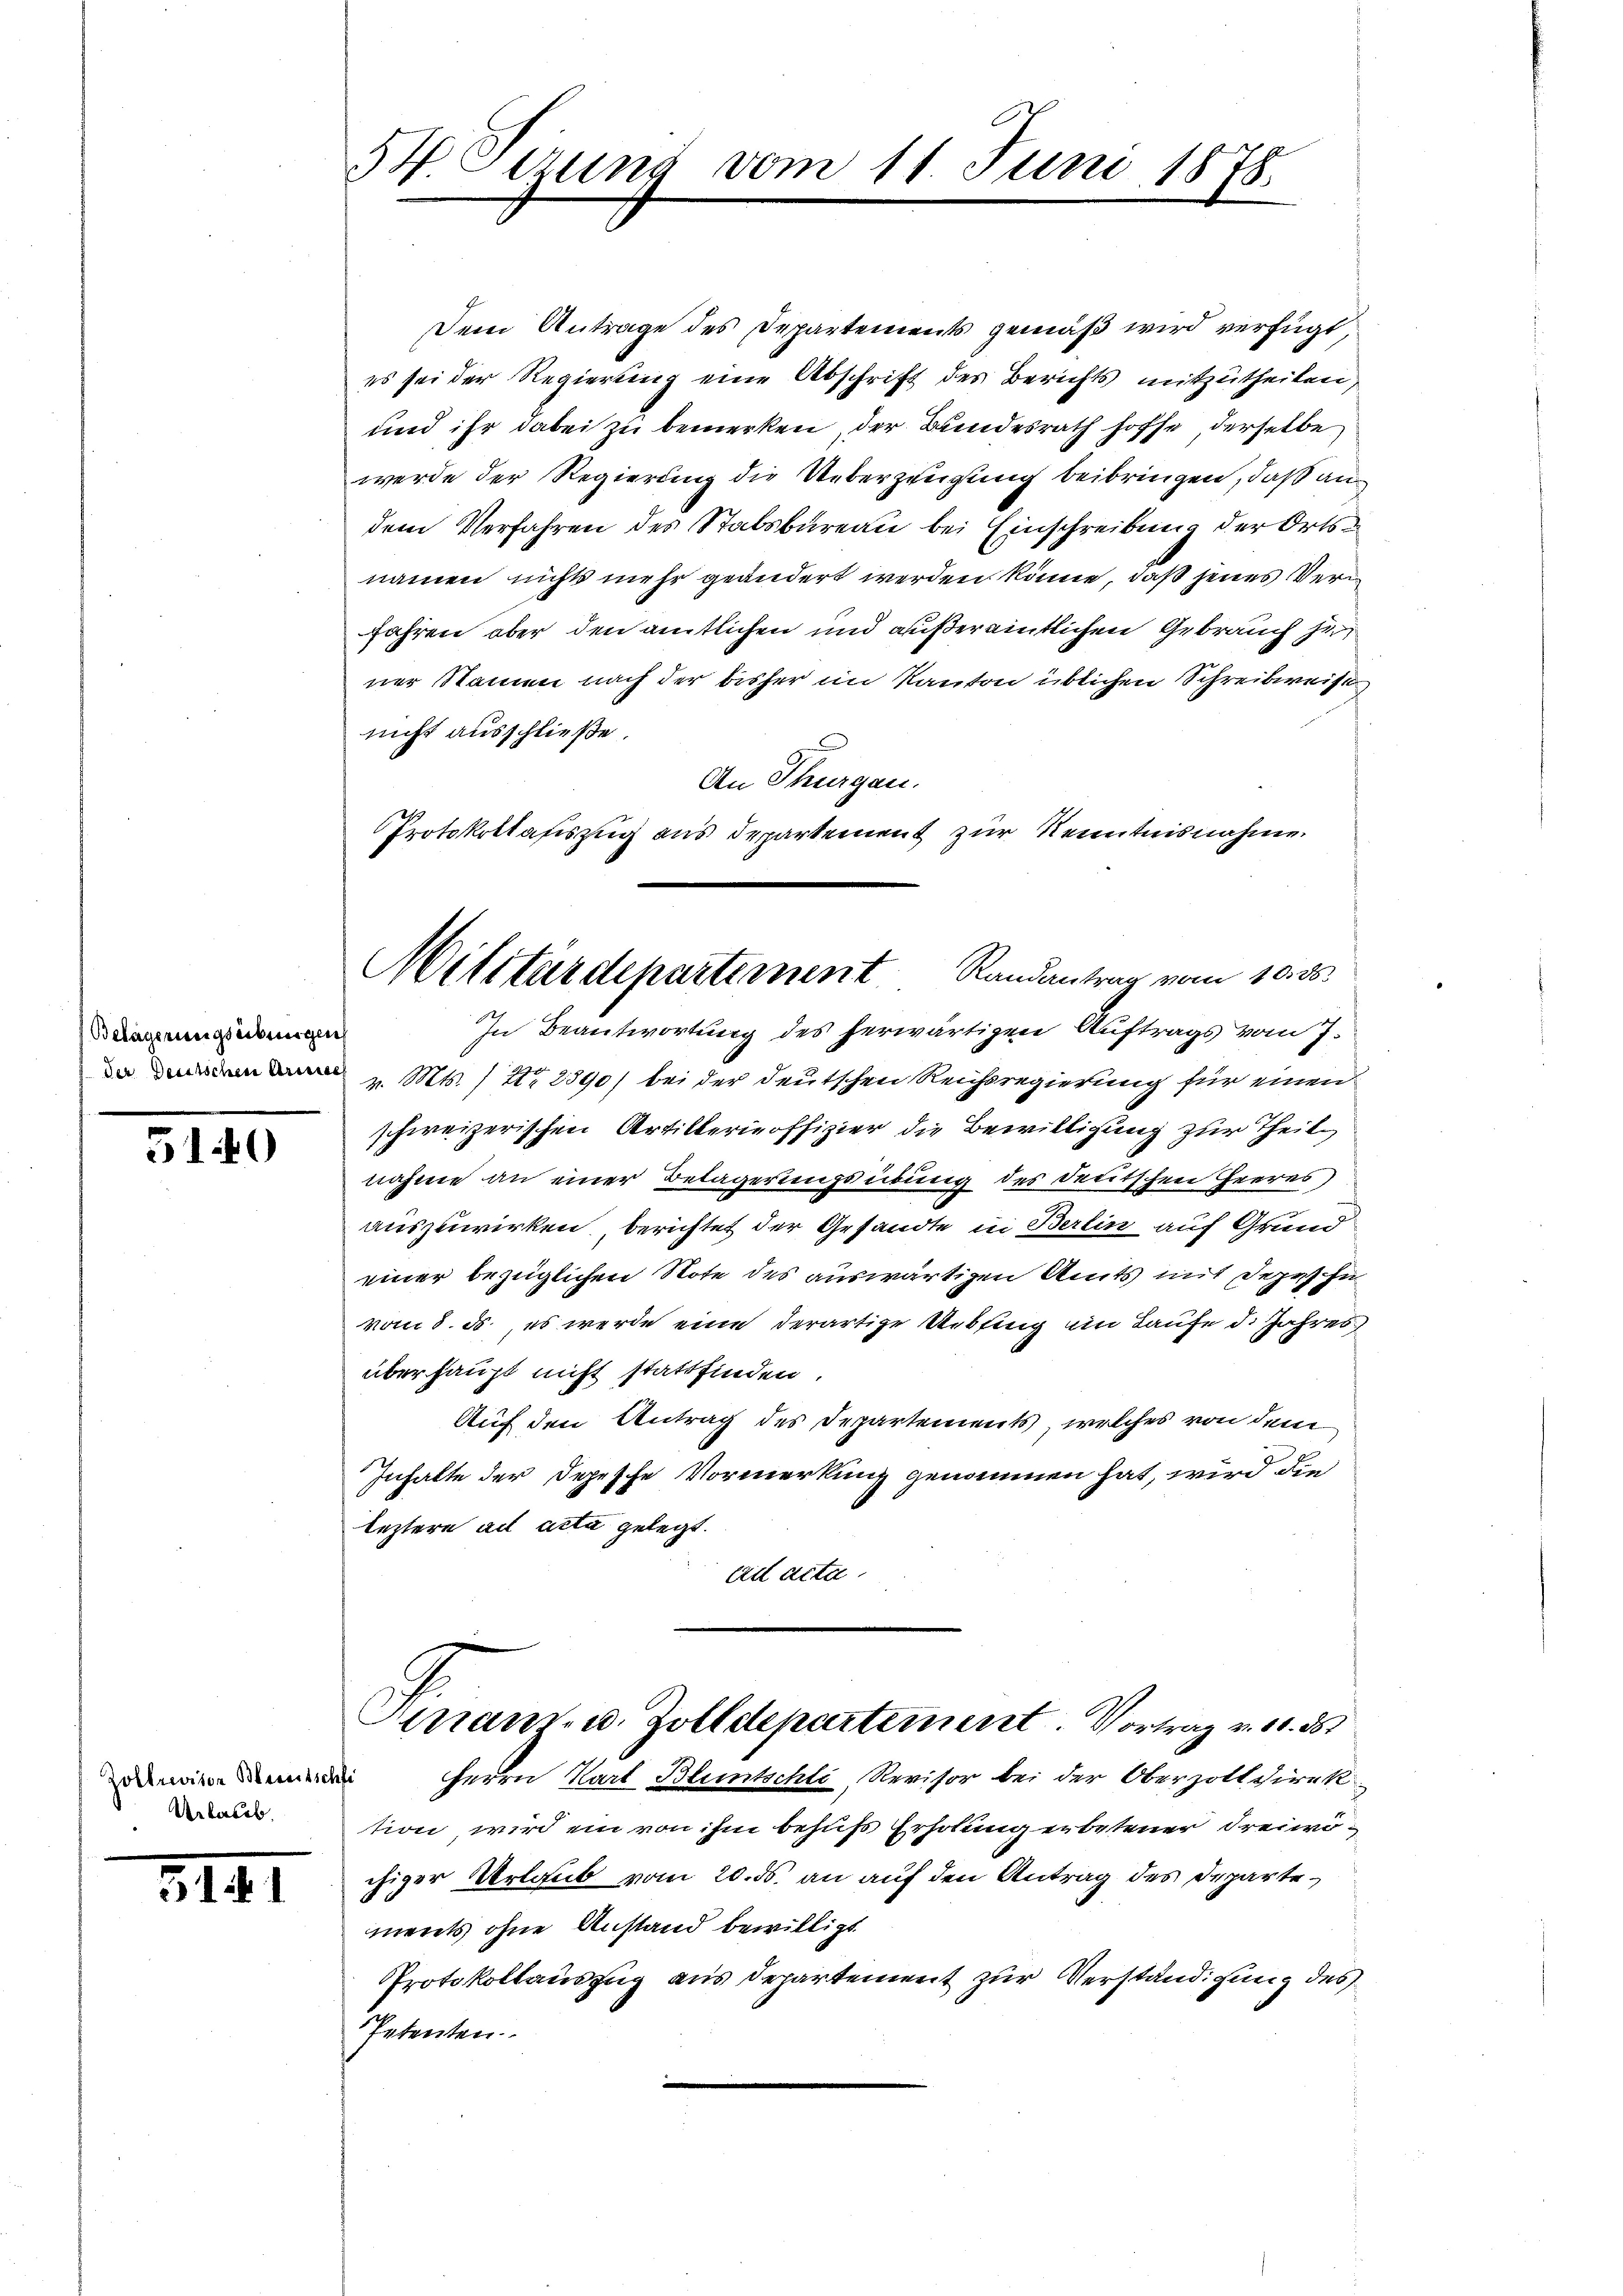
Belagerungsübungen

5140

Zollrevisor Bereitschfi
Verbares.

3III

54. Sizung vom 11. Juni 1875.

Protokollafiszug aus Departement zur Kenntnisnahme
Militärdepartement Randantrag vom 10. ds.

Dem Antrage des Departements gemäß wird verfügt,
es sei der Regierung eine Abschrift des Berichts mitzutheilen,
und ihr dabei zu bemerken, der Bundesrath hoffe, derselbe
werde der Regierung die Ueberzeugung beibringen, daß an
dem Verfahren des Stabsbureau bei Einschreibung der Ortsnamen nicht mehr geändert werden könne, daß jenes Ver¬
Jahren aber den amtlichen und äußereintlichen Gebrauch he
ner Namen nach der bisher im Kanton üblichen Schreibweise
nicht ausschließe.
An Thurgau.
In Beantwortung des herwärtigen Auftrags vom 7.
 v. Mts. / Nr 2890) bei der deutschen Reichsregierung für einen
schweizerischen Artillerieoffizier die Bewilligung zur Theil
nahme an einer Belagerungsübung des deutschen Heeres
auszuwirken, berichtet der Gesandte in Berlin auf Grundeiner bezüglichen Note des auswärtigen Amts mit Depesche
vom 8. ds, es werde eine derartige Uebring im Laufe d. Jahres
überhaupt nicht stattfinden.
Auf den Antrag des Departements, welches von dem
Inhalte der Depesche Vormerkung genommen hat, wird die
leztere ad acta gelegt.
ad acta.
Anam. u. Zolldepartement. Vortrag v. 10. ds
Herrn Karl Bluntschli, Revisor bei der Oberzoll Direk
tion, wird ein von ihm behufs Erholung erbetener Freiwöchiger Urlaub vom 20. ds. an auf den Antrag des Departements ohne Anstand bewilligt
PProtokollauszug aus Departement zur Verständigung des
Petenten